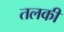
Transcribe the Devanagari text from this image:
तलकी